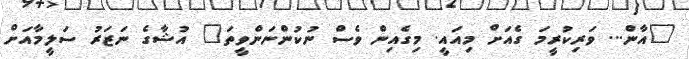
"އާން... ވަރިކުރީމަ ގެއަށް މިއައީ. މިގެއިން ވެސް ނުކުންނަންވީތަ" އުޝާގެ ނަޒަރު ސަލީމާއަށް